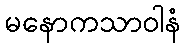
မနောကသာဝါနံ